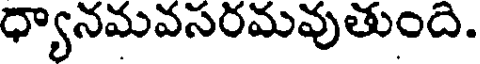
ధ్యానమవసరమవుతుంది.